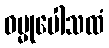
ဓမ္မုပေါသထံ